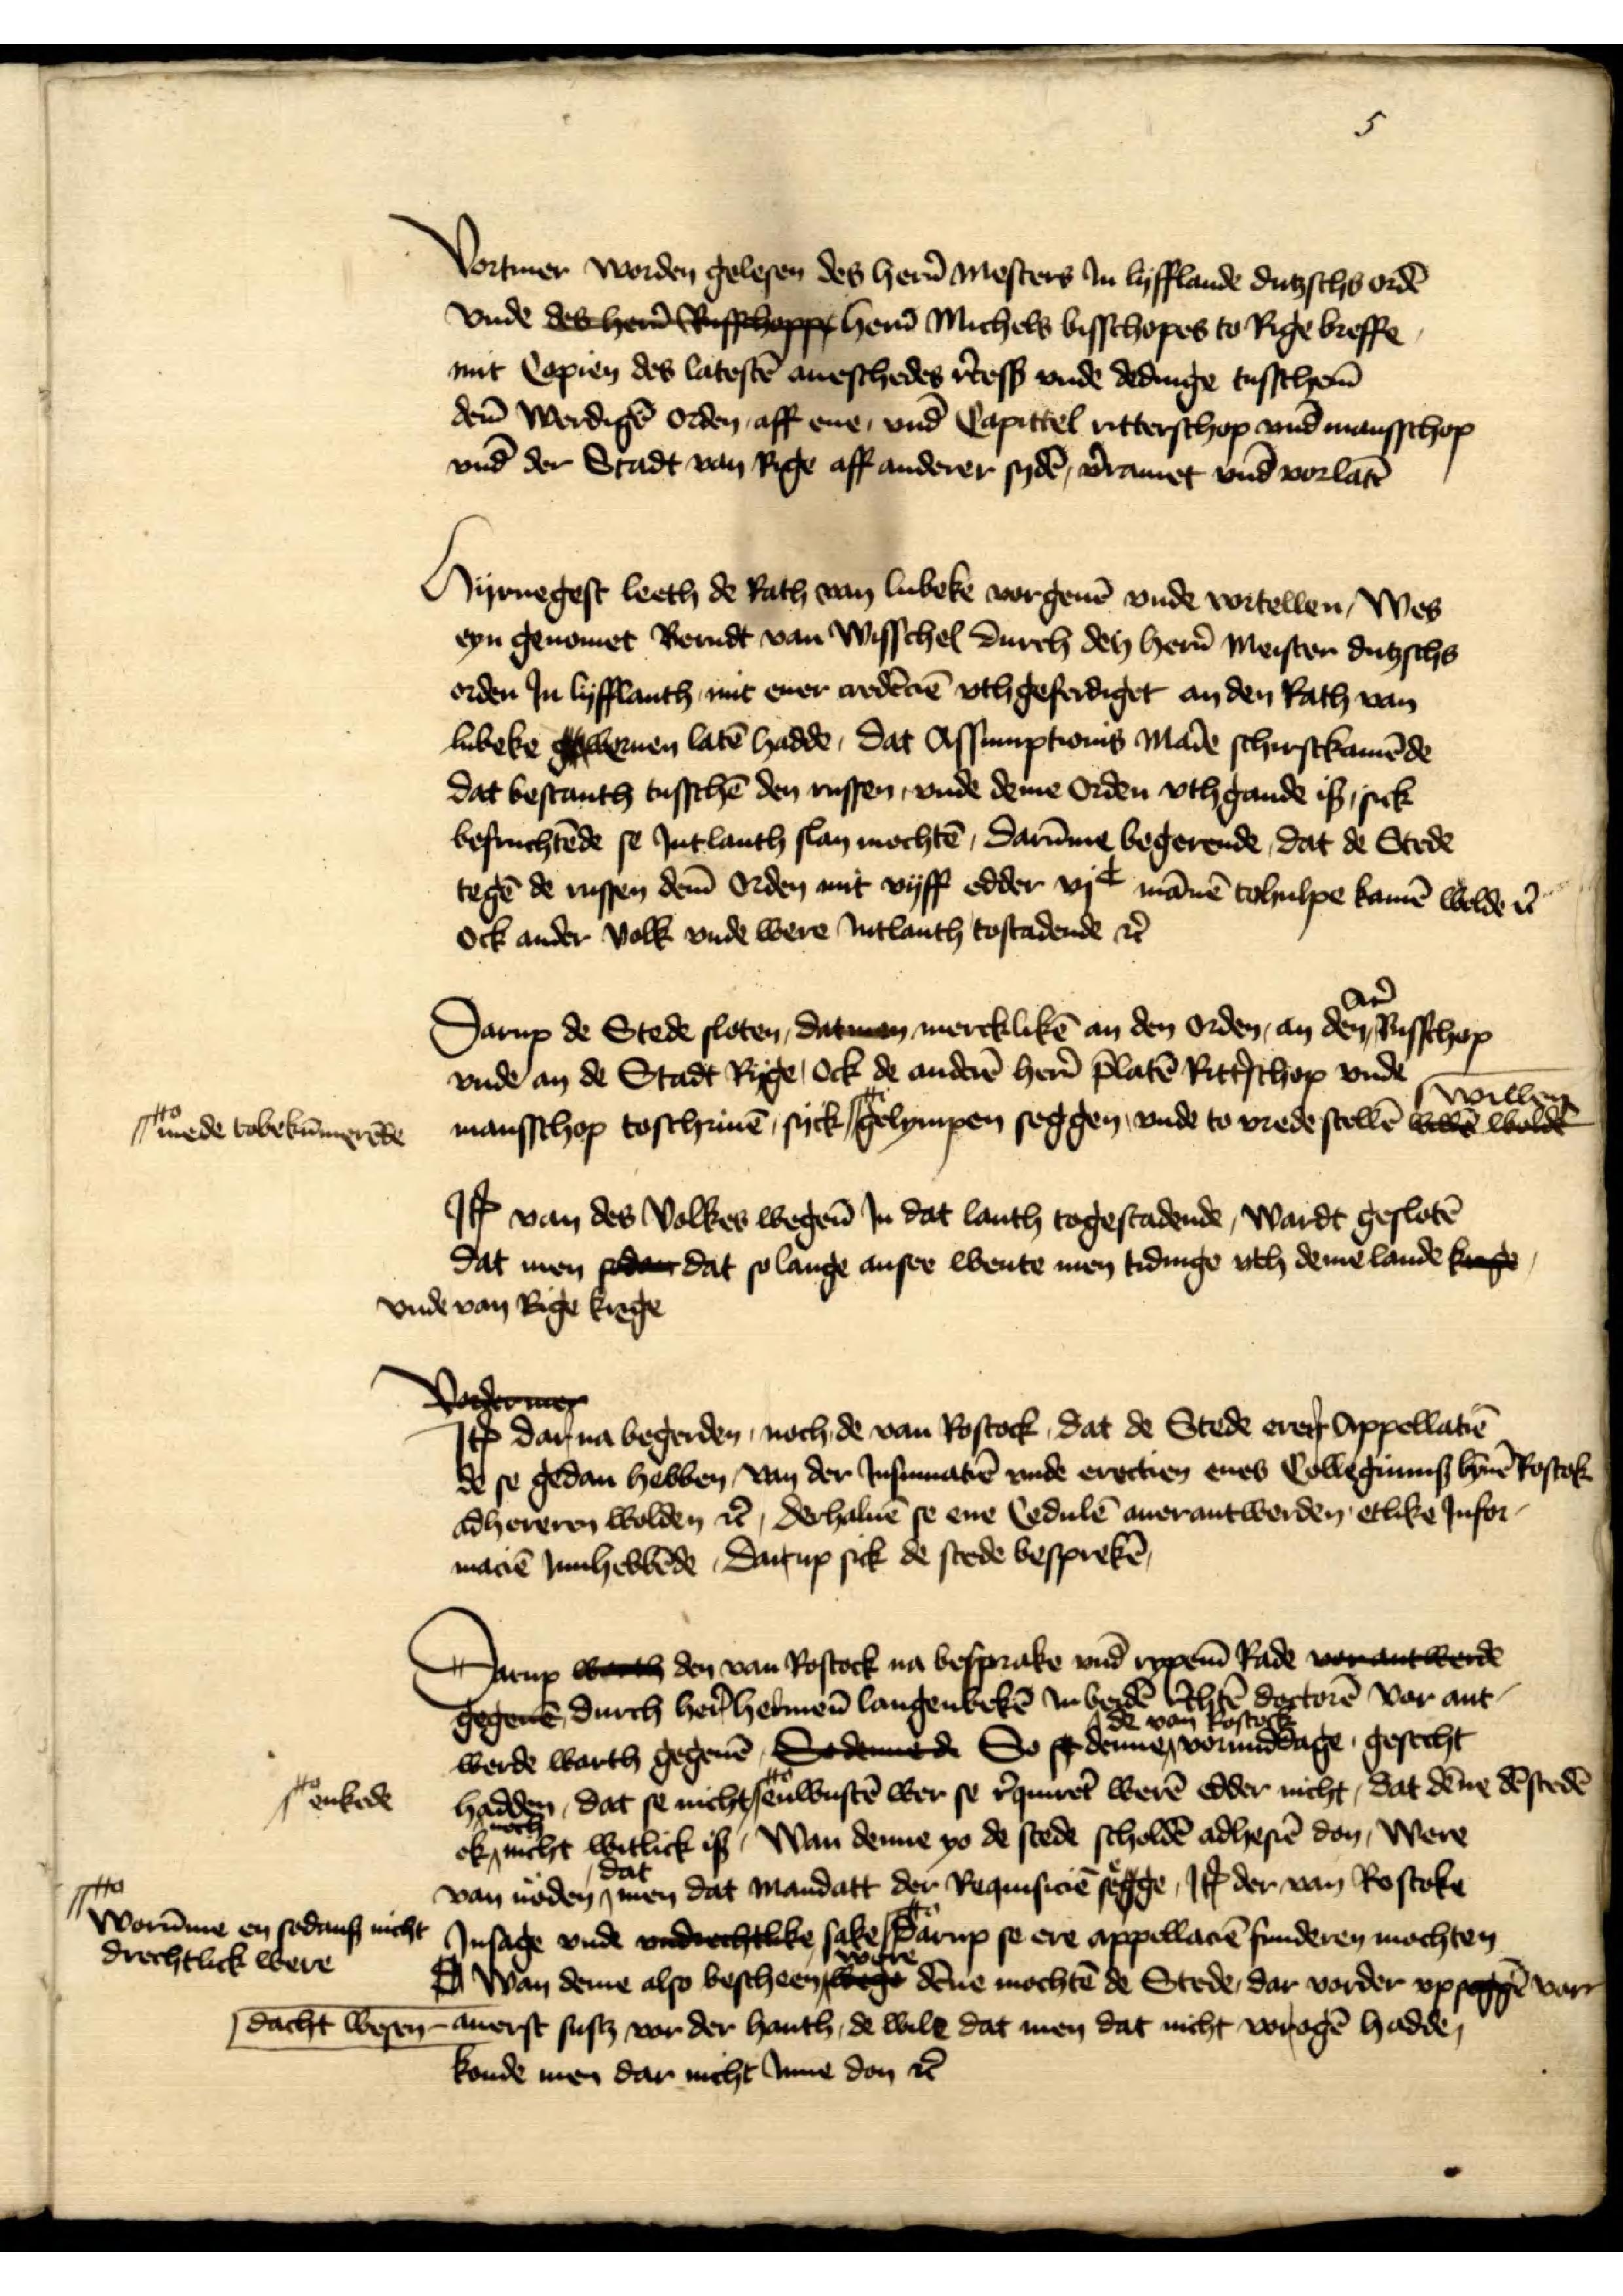
5

Vortmer worden gelesen des her̉n Mesters Jn Lyfflande dutzschs ordē
vnde des detcher Russhoppe her̉n Michels bisschopes to Rige breffe
mit Copien des latestē aueschedes r̉cess vnde dedinge tusschē
dem̄ Werdigē orden aff ene, vnd Capittel ritterschop vnd mansschop
vnd der Stadt van Rige aff anderer sydē, v̉ramet vnd vorlatē

Hyrnegest leeth de Rath van Lubeke vorgeuē vnde vortellen, Wes
eyn genomet Berndt van Wisschel durch den her̉n Meister dutzschs
orden Jn Lyfflanth, mit ener credēciē vth geferdiget an den Rath van
Lubeke gweruen latē hadde, Dat Assumptonis Mảie schirstkamēde
dat bestanth tusschē den russen, vnde deme Orden vth gande is, sick
befruchtēde se Jntlanth slan mochtē, Darūme begerende, dat de Stede
tegē de russen dem̄ Orden mit vyff edder vjc mānē tohulpe kamē welde et̉
ock ander volk vnde were Jntlanth tostadende et̉

Darup de Stede sloten, dat men mercklikē an den orden, an den Ar̉ Bisschop
vnde an de Stadt Rige, ock de anderē her̉n p̉latē Ritt̉schop vnde
mansschop toschriuē, syck
mede tobekūmerēde
gelympen seggen, vnde to vrede stellē be walne willen
Jꝷ van des volkes wegen̄ Jn dat lanth togestadende, Wardt geslotē
dat men Sodane dat so lange ansee wente men tidinge vth deme lande knge
vnde van Rige krige
Jꝷ dar na begerden, noch de van Rostock, dat de Stede eren Appellatiē
de se gedan hebben van der Jnsinuatiē vnde erectien enes Collegiums bȳnē Rostok
adhereren wolden et̉, derhaluē se ene Cedulē auerantwerden etlike Infor¬
maciē Jnhebbēde, Darup sick de stede besprekē

Darup warth den van Rostock na besprake vnd rypenē Rade neantwerde
zegee, durch her̉ Hermen̄ Langenbekē Jn beidē r̉chtē dortorē vor ant¬
werde warth gegeuē, Se deme de So g denne de van Rostock vormiddage gesecht
hadden, dat se nicht  
enkede
enwusten wer se r̉quirẻt werē edder nicht, dat dēne dē stedē
ok nicht witlick is, Wan denne yo de stede scholdē adhesiē don Were
van noden dat men dat Mandatt der Requisiciē segge, Jꝷ der van Rostoke
Jnsage vnde vndrechtlike sake   
worūme en sodans nicht
drechtlick were
darup se ere appellaciē funderen mochten
I Wan deme also bescheen were dēne mochtē de Stede, dar vorder vp segeen vor¬
dacht wesen auerst sustz vor der hanth, de wile dat men dat nicht vorogē hadde
konde men dar nicht Jnne don et̉